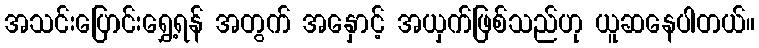
အသင်းပြောင်းရွှေ့ရန် အတွက် အနှောင့် အယှက်ဖြစ်သည်ဟု ယူဆနေပါတယ်။